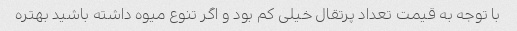
با توجه به قیمت تعداد پرتقال خیلی کم بود و اگر تنوع میوه داشته باشید بهتره